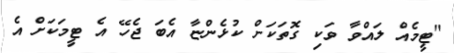
"ޓީމެއް ލައްވާ ވަކި ގޮތަކަށް ކުޅެންޏާ އެބަ ޖެހޭ އެ ޓީމަކަށް އެ